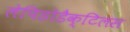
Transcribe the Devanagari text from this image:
लेपिडोडैक्टिलस